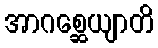
အာဂစ္ဆေယျာတိ